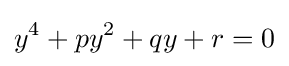
y^{4}+py^{2}+qy+r=0